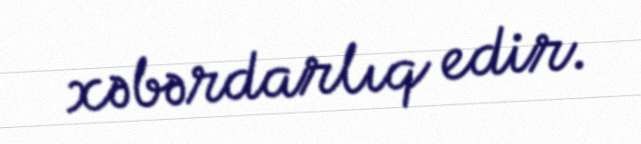
xəbərdarlıq edir.